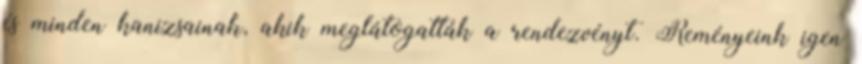
és minden kanizsainak, akik meglátogatták a rendezvényt. Reményeink igen